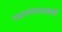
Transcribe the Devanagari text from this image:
महासंचाालकही